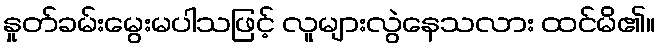
နှုတ်ခမ်းမွေးမပါသဖြင့် လူများလွဲနေသလား ထင်မိ၏။